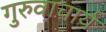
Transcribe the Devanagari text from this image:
गुरुवाचार्य